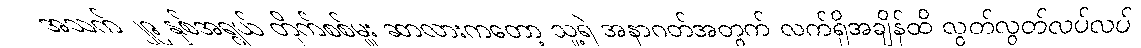
အသက် ၂၉ နှစ်အရွယ် တိုက်စစ်မှူး ဆာလားကတော့ သူ့ရဲ အနာဂတ်အတွက် လက်ရှိအချိန်ထိ လွတ်လွတ်လပ်လပ်